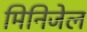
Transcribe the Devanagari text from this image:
मिनिजेल